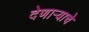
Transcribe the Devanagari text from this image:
देणाऱ्याचे